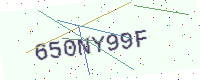
Text: 650NY99F